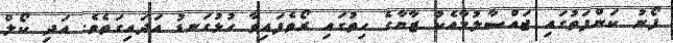
ފޯނު ކަންފަތުގައި ޖައްސާލުމާއެކު ޒާޔާގެ ހިތުގައި ރޯވެފައިވާ ހުޅުގަނޑު އަދައިގަތެވެ. އަދި ކޯލް